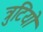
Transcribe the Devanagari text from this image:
त्रुटियो